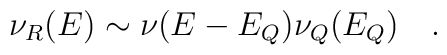
\nu_R(E)\sim \nu(E-E_Q)\nu_Q(E_Q)~~~.